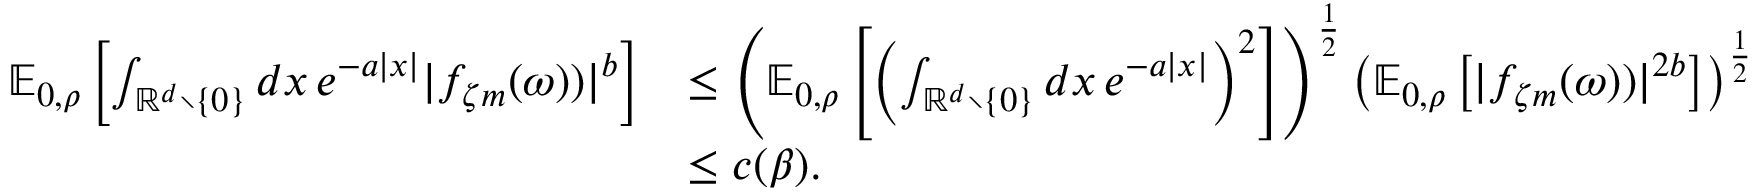
\begin{array} { r l } { { \ensuremath { \mathbb E } } _ { 0 , \rho } \left[ \int _ { { \ensuremath { \mathbb R } } ^ { d } \setminus \{ 0 \} } d x \, e ^ { - a | x | } | f _ { \zeta m } ( \omega ) ) | ^ { b } \right] } & { \leq \left( { \ensuremath { \mathbb E } } _ { 0 , \rho } \left[ \left( \int _ { { \ensuremath { \mathbb R } } ^ { d } \setminus \{ 0 \} } d x \, e ^ { - a | x | } \right) ^ { 2 } \right] \right) ^ { \frac { 1 } { 2 } } \left( { \ensuremath { \mathbb E } } _ { 0 , \rho } \left[ | f _ { \zeta m } ( \omega ) ) | ^ { 2 b } \right] \right) ^ { \frac { 1 } { 2 } } } \\ & { \leq c ( \beta ) . } \end{array}